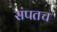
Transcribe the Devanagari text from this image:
संपतच